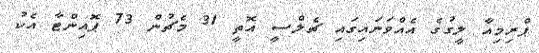
ޕްރިމިއާ ލީގުގެ އެއްވަނައިގައި ޗެލްސީ އޮތީ 31 މެޗުން 73 ޕޮއިންޓާ އެކު